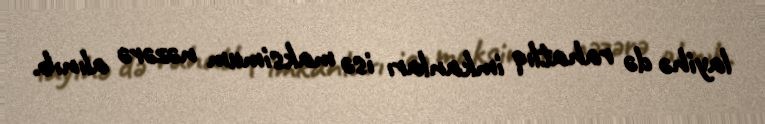
layihə də rahatlıq imkanları isə maksimum nəzərə alınıb.